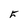
Character: F